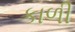
કાળી